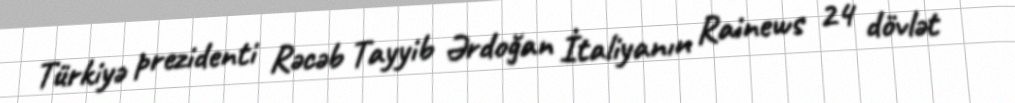
Türkiyə prezidenti Rəcəb Tayyib Ərdoğan İtaliyanın Rainews 24 dövlət